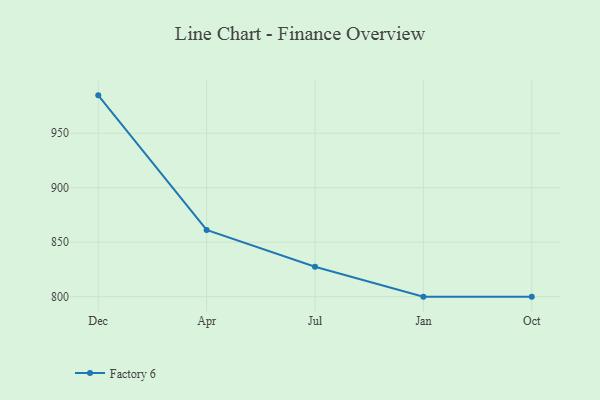
{"axis": {"x": "Month", "y": "Active Users"}, "legend": ["Factory 6"], "data": [{"x": "Dec", "y": 984.8, "type": "Factory 6"}, {"x": "Apr", "y": 861.3, "type": "Factory 6"}, {"x": "Jul", "y": 827.5, "type": "Factory 6"}, {"x": "Jan", "y": 800, "type": "Factory 6"}, {"x": "Oct", "y": 800, "type": "Factory 6"}]}